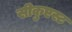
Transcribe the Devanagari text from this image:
सीकुएस्ट